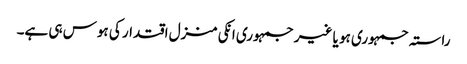
راستہ جمہوری ہو یا غیر جمہوری انکی منزل اقتدار کی ہوس ہی ہے۔